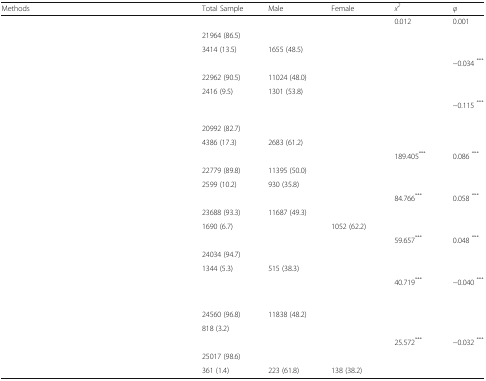
<table><thead><tr><td><b>Methods</b></td><td><b>Total Sample</b></td><td><b>Male</b></td><td><b>Female</b></td><td><b><i>x</i><sup><i>2</i></sup></b></td><td><b><i>φ</i></b></td></tr></thead><tbody><tr><td>[EMPTY_CELL]</td><td>[EMPTY_CELL]</td><td>[EMPTY_CELL]</td><td>[EMPTY_CELL]</td><td>0.012</td><td>0.001</td></tr><tr><td>[EMPTY_CELL]</td><td>21964 (86.5)</td><td>[EMPTY_CELL]</td><td>[EMPTY_CELL]</td><td>[EMPTY_CELL]</td><td>[EMPTY_CELL]</td></tr><tr><td>[EMPTY_CELL]</td><td>3414 (13.5)</td><td>1655 (48.5)</td><td>[EMPTY_CELL]</td><td>[EMPTY_CELL]</td><td>[EMPTY_CELL]</td></tr><tr><td>[EMPTY_CELL]</td><td>[EMPTY_CELL]</td><td>[EMPTY_CELL]</td><td>[EMPTY_CELL]</td><td>[EMPTY_CELL]</td><td>−0.034 <sup>***</sup></td></tr><tr><td>[EMPTY_CELL]</td><td>22962 (90.5)</td><td>11024 (48.0)</td><td>[EMPTY_CELL]</td><td>[EMPTY_CELL]</td><td>[EMPTY_CELL]</td></tr><tr><td>[EMPTY_CELL]</td><td>2416 (9.5)</td><td>1301 (53.8)</td><td>[EMPTY_CELL]</td><td>[EMPTY_CELL]</td><td>[EMPTY_CELL]</td></tr><tr><td>[EMPTY_CELL]</td><td colspan="2">[EMPTY_CELL]</td><td>[EMPTY_CELL]</td><td>[EMPTY_CELL]</td><td>−0.115 <sup>***</sup></td></tr><tr><td>[EMPTY_CELL]</td><td>20992 (82.7)</td><td>[EMPTY_CELL]</td><td>[EMPTY_CELL]</td><td>[EMPTY_CELL]</td><td>[EMPTY_CELL]</td></tr><tr><td>[EMPTY_CELL]</td><td>4386 (17.3)</td><td>2683 (61.2)</td><td>[EMPTY_CELL]</td><td>[EMPTY_CELL]</td><td>[EMPTY_CELL]</td></tr><tr><td>[EMPTY_CELL]</td><td>[EMPTY_CELL]</td><td>[EMPTY_CELL]</td><td>[EMPTY_CELL]</td><td>189.405<sup>***</sup></td><td>0.086 <sup>***</sup></td></tr><tr><td>[EMPTY_CELL]</td><td>22779 (89.8)</td><td>11395 (50.0)</td><td>[EMPTY_CELL]</td><td>[EMPTY_CELL]</td><td>[EMPTY_CELL]</td></tr><tr><td>[EMPTY_CELL]</td><td>2599 (10.2)</td><td>930 (35.8)</td><td>[EMPTY_CELL]</td><td>[EMPTY_CELL]</td><td>[EMPTY_CELL]</td></tr><tr><td>[EMPTY_CELL]</td><td>[EMPTY_CELL]</td><td>[EMPTY_CELL]</td><td>[EMPTY_CELL]</td><td>84.766<sup>***</sup></td><td>0.058 <sup>***</sup></td></tr><tr><td>[EMPTY_CELL]</td><td>23688 (93.3)</td><td>11687 (49.3)</td><td>[EMPTY_CELL]</td><td>[EMPTY_CELL]</td><td>[EMPTY_CELL]</td></tr><tr><td>[EMPTY_CELL]</td><td>1690 (6.7)</td><td>[EMPTY_CELL]</td><td>1052 (62.2)</td><td>[EMPTY_CELL]</td><td>[EMPTY_CELL]</td></tr><tr><td>[EMPTY_CELL]</td><td>[EMPTY_CELL]</td><td>[EMPTY_CELL]</td><td>[EMPTY_CELL]</td><td>59.657<sup>***</sup></td><td>0.048 <sup>***</sup></td></tr><tr><td>[EMPTY_CELL]</td><td>24034 (94.7)</td><td>[EMPTY_CELL]</td><td>[EMPTY_CELL]</td><td>[EMPTY_CELL]</td><td>[EMPTY_CELL]</td></tr><tr><td>[EMPTY_CELL]</td><td>1344 (5.3)</td><td>515 (38.3)</td><td>[EMPTY_CELL]</td><td>[EMPTY_CELL]</td><td>[EMPTY_CELL]</td></tr><tr><td>[EMPTY_CELL]</td><td>[EMPTY_CELL]</td><td>[EMPTY_CELL]</td><td>[EMPTY_CELL]</td><td>40.719<sup>***</sup></td><td>−0.040 <sup>***</sup></td></tr><tr><td>[EMPTY_CELL]</td><td>24560 (96.8)</td><td>11838 (48.2)</td><td>[EMPTY_CELL]</td><td>[EMPTY_CELL]</td><td>[EMPTY_CELL]</td></tr><tr><td>[EMPTY_CELL]</td><td>818 (3.2)</td><td>[EMPTY_CELL]</td><td>[EMPTY_CELL]</td><td>[EMPTY_CELL]</td><td>[EMPTY_CELL]</td></tr><tr><td>[EMPTY_CELL]</td><td>[EMPTY_CELL]</td><td>[EMPTY_CELL]</td><td>[EMPTY_CELL]</td><td>25.572<sup>***</sup></td><td>−0.032 <sup>***</sup></td></tr><tr><td>[EMPTY_CELL]</td><td>25017 (98.6)</td><td>[EMPTY_CELL]</td><td>[EMPTY_CELL]</td><td>[EMPTY_CELL]</td><td>[EMPTY_CELL]</td></tr><tr><td>[EMPTY_CELL]</td><td>361 (1.4)</td><td>223 (61.8)</td><td>138 (38.2)</td><td>[EMPTY_CELL]</td><td>[EMPTY_CELL]</td></tr></tbody></table>